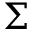
\Sigma